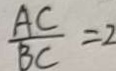
\frac { A C } { B C } = 2